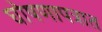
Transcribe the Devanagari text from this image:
घोषणापत्रात